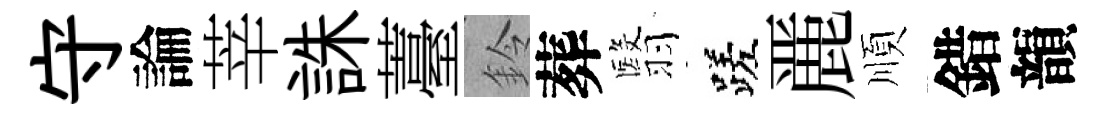
守論莘誅薹鈴葬翳蹉䴡順錯韻